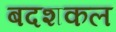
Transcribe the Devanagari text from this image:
बदशकल